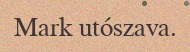
Mark utószava.